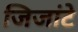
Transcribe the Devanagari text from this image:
जिजांटे